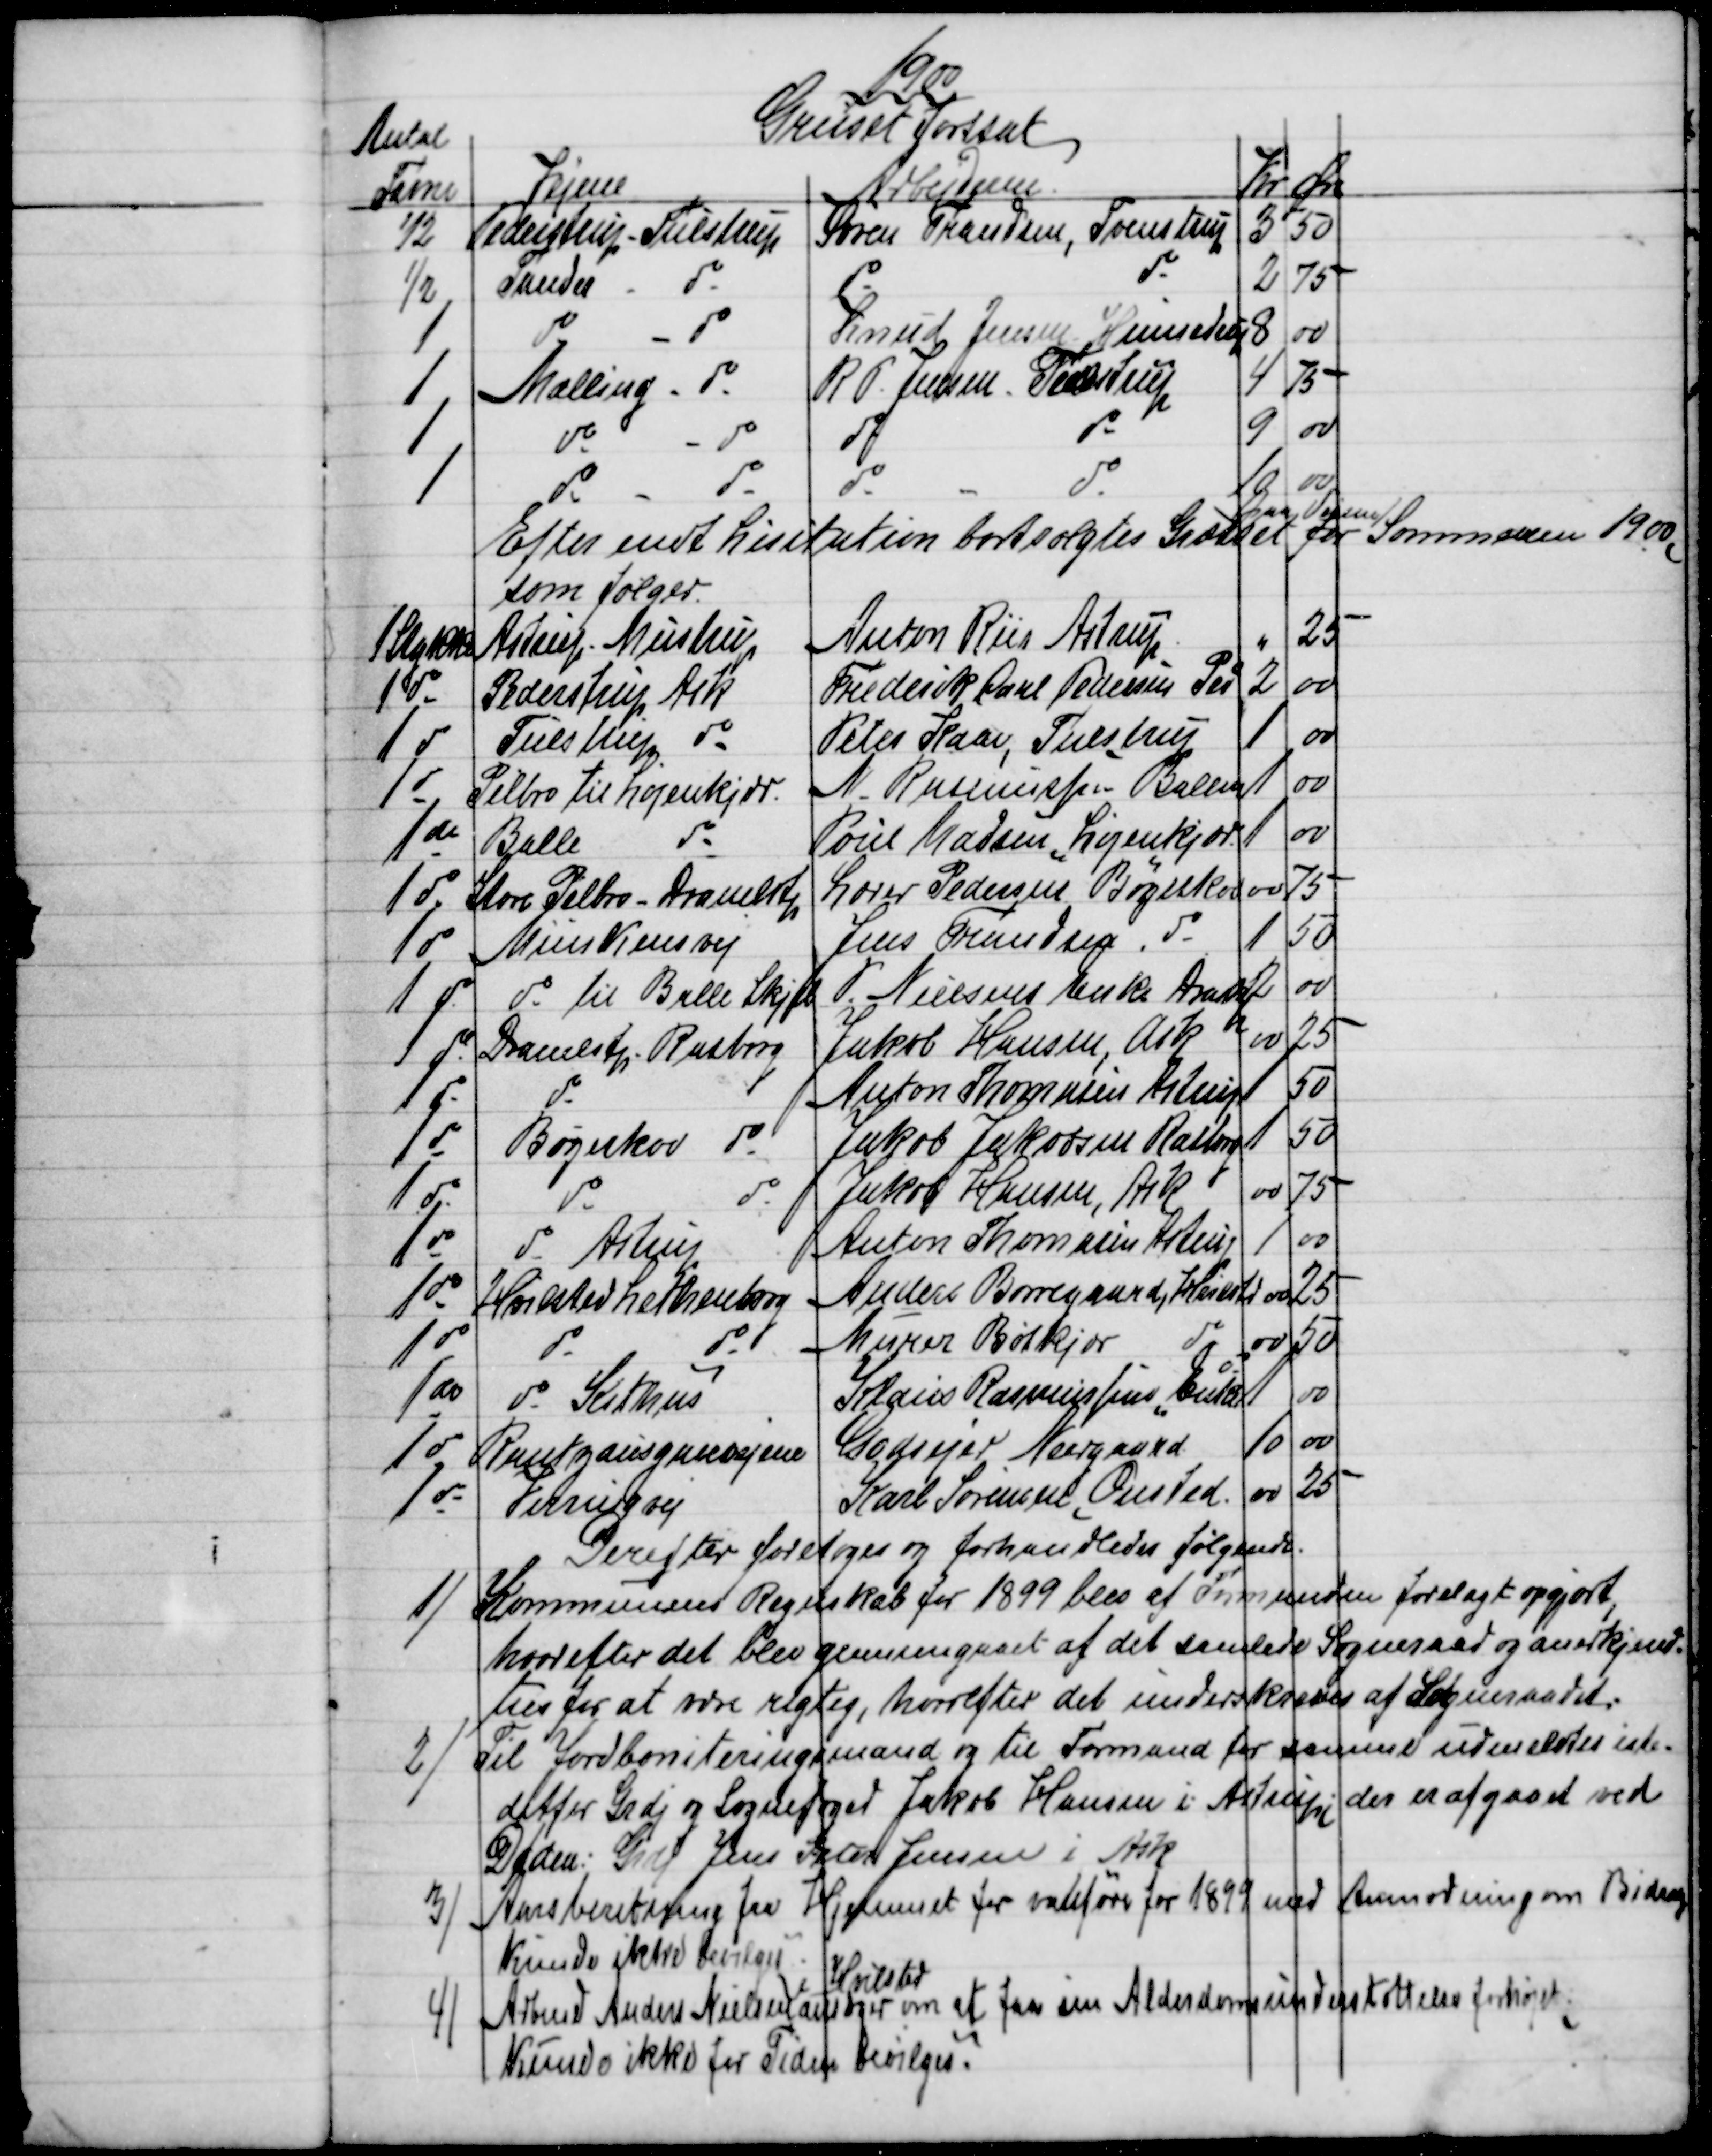
Transskription:
1900
Antal
Gruset fortsat
Favne
Vejene
Arbejderne
Kr
Øre
½
Pederstrup Tulstrup
Søren Frandsen, Tvenstrup
3
50
½
Tander
do
do
do
2
75
1
do
do
Knud Jensen Hinnedrup
8
00
1
Malling - do
R P. Jensen Tvenstrup
4
75
1
do
do
do
do
9
00
1
do
do
do
do
10
00
Efter endt Lisitation bortsolgtes Græsset 
paa Vejene
for Sommeren 1900,
som følger.
1 Stykke
Astrup - Mustrup
Niten Riis Astrup
"
25
1 do
Pederstrup Ask
Frederik Carl Pedersen Ped
2
00
1 do
Tulstrup do
Peter Kaae, Tulstrup
1
00
1 do
Pilbro til Løjenkjær.
N. Rasmussen Ballen
1
00
1 do
Balle
do
Poul Madsen, Løjenkjær
1
00
1 do
Store Pilbro- Dramlstp
Lærer Pedersen Bøgeskov
00
75
1 do
Munkensvej
Jens Frandsen, do
1
50
1 do
do til Balle Skjel
P. Nielsens Enke Drastp
2
00
1 do
Dramlstp - Rasborg
Jakob Hansen, Ask
00
25
1 do
do
Anton Thomasen Astrup
1
50
1 do
Bøgeskov do
Jakob Jakobsen Rasborg
1
50
1 do
do
do
Jakob Hansen, Ask
00
75
1 do
do Astrup
Anton Thomasen Astrup
1
00
1 do
Hvilsted Lethenborg
Anders Borregaard, Hvilsted
00
25
1 do
do
do
Murer Bøtkjær
do
00
50
1 do
do Kithus
Klaus Rasmussens Enke
1
00
1 do
Rantzausgavevejene
Godsejer Neergaard
10
00
1 do
Virringvej
Karl Sørensen Onsted.
00
25
Derefter foretoges og forhandledes følgende:
1) 
Kommunens Regnskab for 1899 blev af Formanden forelagt opgjort,
hvorefter det blev gennemgaaet af det samlede Sogneraad og anerkjend-
tes for at være rigtig, hvorefter det underskreves at Sogneraadet.
2)
Til Jordboniteringsmand og til Formand for samme udmeldtes iste-
detfor Grdj og Sognefoged Jakob Hansen i Astrup; der er afgaaet ved
Døden. Grdj Jens Peter Jensen i Ask
3)
Aarsberetning fra Hjemmet for vanføre for 1899 med Anmodning om Bidrag
Kunde ikke bevilges.
4)
Arbmd Anders Nielsen 
Hvilsted
ansøger om at faa sin Alderdomsunderstøttelse forhøjet;
Kunde ikke for Tiden bevilges.